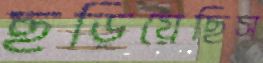
ছড়িয়েছিস